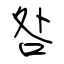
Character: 咎